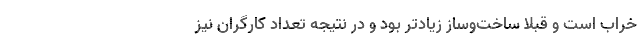
خراب است و قبلا ساخت‌وساز زیادتر بود و در نتیجه تعداد کارگران نیز